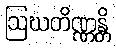
ဩဃတိဏ္ဏန္တိ